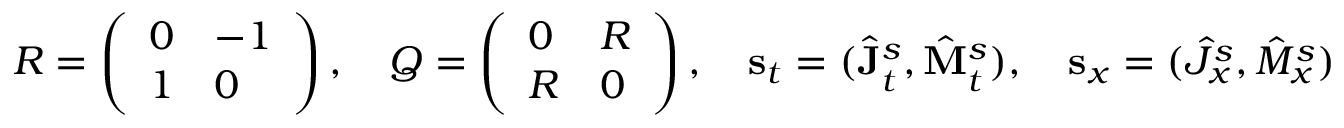
R = \left( \begin{array} { l l } { 0 } & { - 1 } \\ { 1 } & { 0 } \end{array} \right) , \quad Q = \left( \begin{array} { l l } { 0 } & { R } \\ { R } & { 0 } \end{array} \right) , \quad \mathbf { s } _ { t } = ( \hat { \mathbf { J } } _ { t } ^ { s } , \hat { \mathbf { M } } _ { t } ^ { s } ) , \quad \mathbf { s } _ { x } = ( \hat { J } _ { x } ^ { s } , \hat { M } _ { x } ^ { s } )